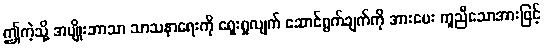
ဤကဲ့သို့ အမျိုးဘာသာ သာသနာရေးကို ရှေးရှုလျက် ဆောင်ရွက်ချက်ကို အားပေး ကူညီသောအားဖြင့်